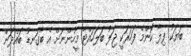
ބަޔަކު ފިލާ ކޮންމެ ފަހަރަކީ ޖަލު ބަލަހައްޓާ މީހުންނަށް އެ ބާގަނޑު ބައްދަން